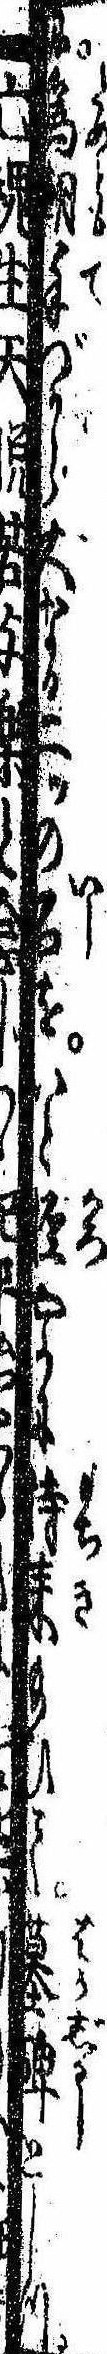
に為朝手づから大なる二ッの石をいと軽やかに持来給ひて墓碑としつ